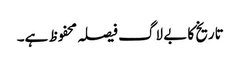
تاریخ کا بے لاگ فیصلہ محفوظ ہے۔